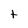
Character: t